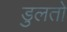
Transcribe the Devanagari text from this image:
डुलतो